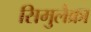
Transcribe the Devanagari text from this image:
सिमुलैक्रा